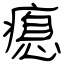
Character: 瘜